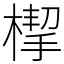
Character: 㮮